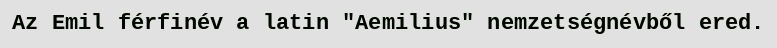
Az Emil férfinév a latin "Aemilius" nemzetségnévből ered.